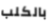
بالكلب